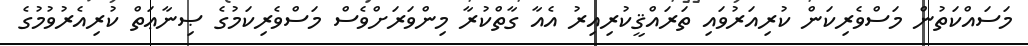
މަސައްކަތުން މަސްވެރިކަން ކުރިއަރުވައި ތަރައްޤީކުރިއިރު އެއާ ގާތްކުރާ މިންވަރަށްވެސް މަސްވެރިކަމުގެ ޞިނާޢަތް ކުރިއެރުވުމުގެ